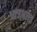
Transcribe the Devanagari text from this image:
ध्वजभारत